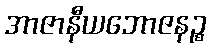
အာဇာနီယဘောဇနဉ္စ